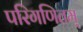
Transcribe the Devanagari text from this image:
परिगणितम्